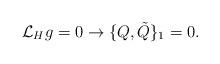
LaTeX: \begin{align*}{\cal L}_{H} g = 0 \rightarrow\{Q, {\tilde Q}\}_{1}=0 .\end{align*}